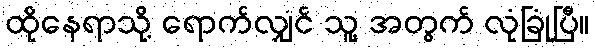
ထိုနေရာသို့ ရောက်လျှင် သူ့ အတွက် လုံခြုံပြီ။